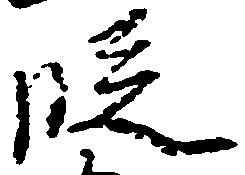
段